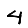
Digit: 4